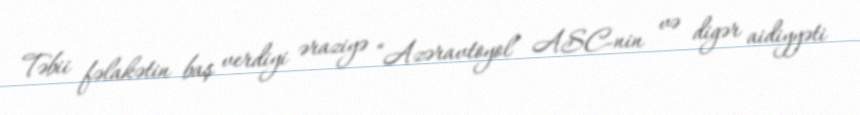
Təbii fəlakətin baş verdiyi əraziyə “Azəravtoyol” ASC-nin və digər aidiyyəti